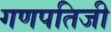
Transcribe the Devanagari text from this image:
गणपतिजी